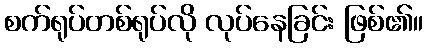
စက်ရုပ်တစ်ရုပ်လို လုပ်နေခြင်း ဖြစ်၏။